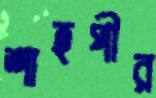
শাহপীর